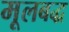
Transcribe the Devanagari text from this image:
मूलबद्ध